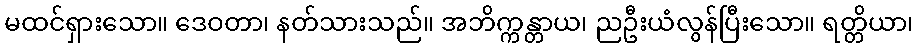
မထင်ရှားသော။ ဒေဝတာ၊ နတ်သားသည်။ အဘိက္ကန္တာယ၊ ညဦးယံလွန်ပြီးသော။ ရတ္တိယာ၊